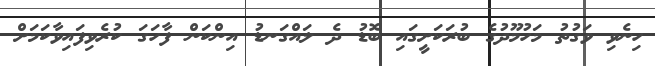
ހިނެވި ވަގުތު މަހުމޫދުގެ ބުރަކަށީގައި ބޮޑު ދެ ލައްގަނޑު އިންކަން ފާހަގަ ކުރެވިފައިވާކަމަށް